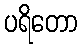
ပရိတော